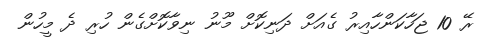
ރޭ 10 ޖަހާކަންހާއިރު ގެއަށް ދަނިކޮށް މޫނު ނިވާކޮށްގެން ހުރި ދެ މީހުން